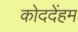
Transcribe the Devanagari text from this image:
कोददेंहम